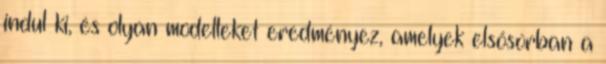
indul ki, és olyan modelleket eredményez, amelyek elsősorban a